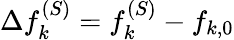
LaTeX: \Delta f_{k}^{(S)}=f_{k}^{(S)}-f_{k,0}